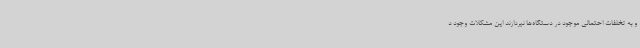
و به تخلفات احتمالی موجود در دستگاه‌ها نپردازند این مشکلات وجود د